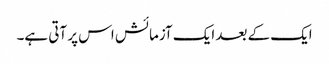
ایک کے بعد ایک آزمائش اس پر آتی ہے۔